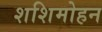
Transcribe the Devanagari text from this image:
शशिमोहन